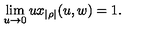
\lim _ { u \rightarrow 0 } u x _ { | \rho | } ( u , w ) = 1 .